Cholera in India, 1862 to 1881
Year: 1862
Disease focus: Cholera
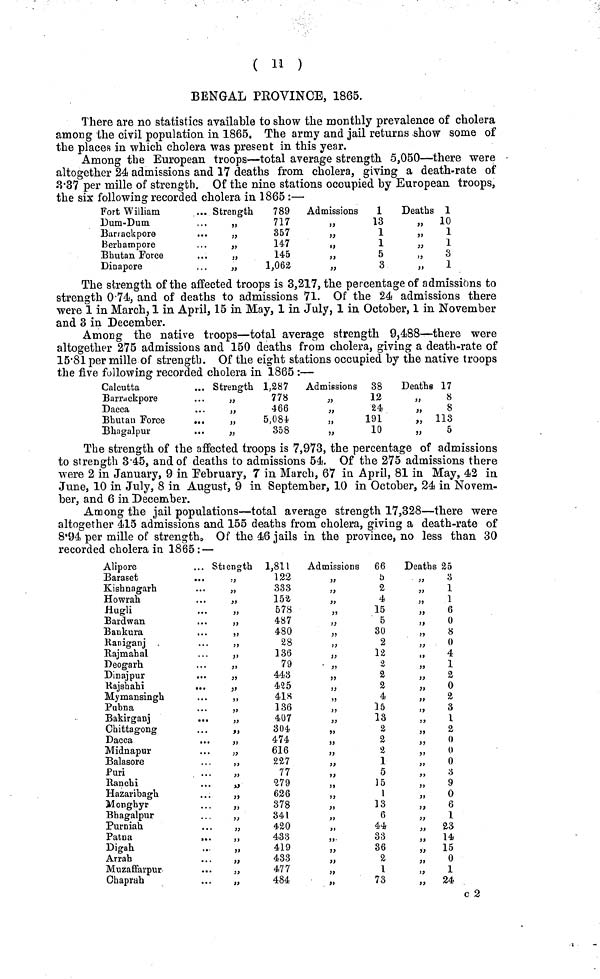
( 11 )
BENGAL PROVINCE, 1865.
There are no statistics available to show the monthly prevalence of cholera
among the civil population in 1865. The army and jail returns show some of
the places in which cholera was present in this year.
Among the European troops—total average strength 5,050—there were
altogether 24 admissions and 17 deaths from cholera, giving a death-rate of
3.37 per mille of strength. Of the nine stations occupied by European troops,
the six following recorded cholera in 1865 :—
Fort William
Dum-Dum
Barrackpore
Berbampore
Bhutan Force
Dinapore
Strength
789
717
357
147
145
1,062
Admissions
1
13
1
1
5
3
Deaths 1
„ 10
„ 1
„ 1
„
3
„ 1
The strength of the affected troops is 3,217, the percentage of admissions to
strength 0.74, and of deaths to admissions 71. Of the 24 admissions there
were 1 in March, 1 in April, 15 in May, 1 in July, 1 in October, 1 in November
and 3 in December.
Among the native troops—total average strength 9,488—there were
altogether 275 admissions and 150 deaths from cholera, giving a death-rate of
15.81 per mille of strength. Of the eight stations occupied by the native troops
the five following recorded cholera in 1865 :—
Calcutta
Barrackpore
Dacca
...
Bhutan Force
...
Bhagalpur
...
Strength 1,287
778
466
„
5,084
„
358
Admissions 38
12
24
191
10
Deaths 17
8
8
„ 113
5
The strength of the affected troops is 7,973, the percentage of admissions
to strength 3.45, and of deaths to admissions 54. Of the 275 admissions there
were 2 in January, 9 in February, 7 in March, 67 in April, 81 in May, 42 in
June, 10 in July, 8 in August, 9 in September, 10 in October, 24 in Novem-
ber, and 6 in December.
Among the jail populations—total average strength 17,328—there were
altogether 415 admissions and 155 deaths from cholera, giving a death-rate of
8.94 per mille of strength. Of the 46 jails in the province, no less than 30
recorded cholera in 1865 : —
Alipore
Baraset
...
Kishnagarh
Howrah
Hugli
Bardwan
Bankura
Raniganj
Rajmahal
Deogarh
Dinajpur
...
Rajshahi
...
Mymansingh
Pubna
Bakirganj
...
Chittagong
Dacca
Midnapur
Balasore
Puri
Ranchi
Hazaribagh
Monghyr
Bhagalpur
Purniah
Patna
,..
Digah
Arrah
Muzaffarpur
Chaprah
Strength
1,811
.,
122
„
333
152
578
487
„
480
28
"
136
79
443
„
425
418
136
407
„
304
474
616
227
77
279
626
378
341
„
420
433
419
„
433
477
484
Admissions 66
5
2
4
15
5
30
2
12
4)
"
2
2
2
4
15
13
2
2
«
1
5
15
1
13
6
44
33
36
2
1
73
Deaths 25
3
1
1
6
0
8
0
.,
4
1
2
0
2
3
1
2
0
0
0
3
9
0
6
1
" 23
"
14
„ 15
0
1
„ 24
c 2